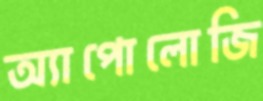
অ্যাপোলোজি